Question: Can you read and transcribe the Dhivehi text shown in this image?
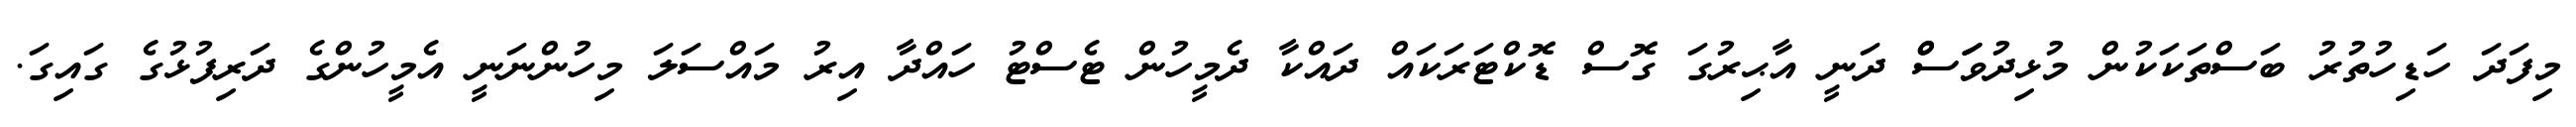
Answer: މިފަދަ ހަޑިހުތުރު ބަސްތަކަކުން މުޅިދުވަަަސްް ދަނީ އާޙިރުގަ ގޮސް ޑޮކްޓަރަކައް ދައްކާ ދެމީހުން ޓެސްޓު ހައްދާ އިރު މައްސަލަ މިހުންނަނީ އެމީހުންގެ ދަރިފުޅުގެ ގައިގަ.